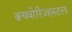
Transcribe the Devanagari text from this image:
क्र्यवोरिज़्हस्टल